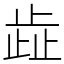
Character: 歮